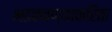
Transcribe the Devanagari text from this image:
भडकवण्याकरिता